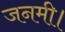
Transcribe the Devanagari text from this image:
जनमी।